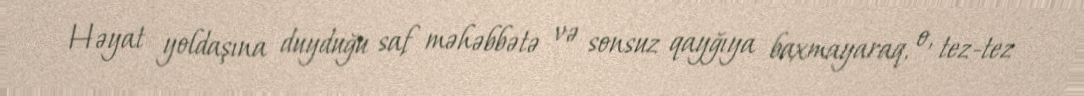
Həyat yoldaşına duyduğu saf məhəbbətə və sonsuz qayğıya baxmayaraq, o, tez-tez